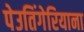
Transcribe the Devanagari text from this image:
पेउतिंगेरियाना